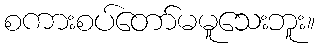
စကားစပ်တော်မမူသေးဘူး။